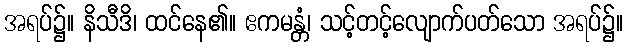
အရပ်၌။ နိသီဒိ၊ ထင်နေ၏။ ဧကမန္တံ၊ သင့်တင့်လျောက်ပတ်သော အရပ်၌။